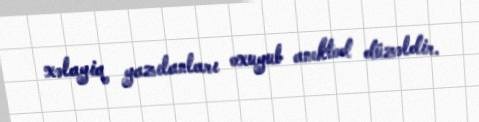
xəlayiq yazılanları oxuyub anektod düzəldir.